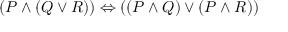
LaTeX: ( P \land ( Q \lor R ) ) \Leftrightarrow ( ( P \land Q ) \lor ( P \land R ) )